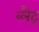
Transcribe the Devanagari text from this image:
ब्लैट्र